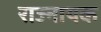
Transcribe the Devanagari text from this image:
राज्नायक